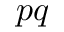
p q